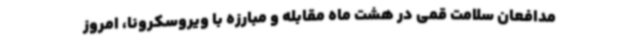
مدافعان سلامت قمی در هشت ماه مقابله و مبارزه با ویروسکرونا، امروز